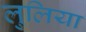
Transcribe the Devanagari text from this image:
लुलिया